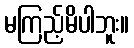
မကြည့်မိပါဘူး။